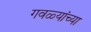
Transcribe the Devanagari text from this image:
गवळ्यांच्या